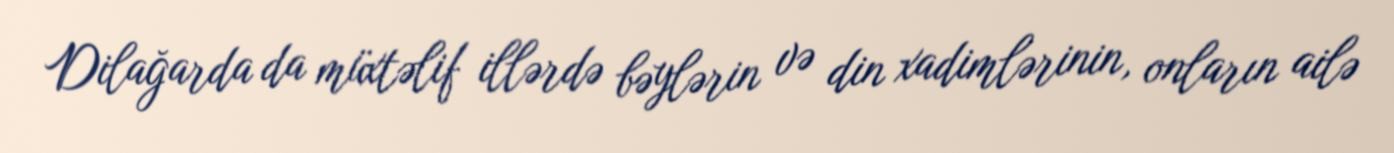
Dilağarda da müxtəlif illərdə bəylərin və din xadimlərinin, onların ailə